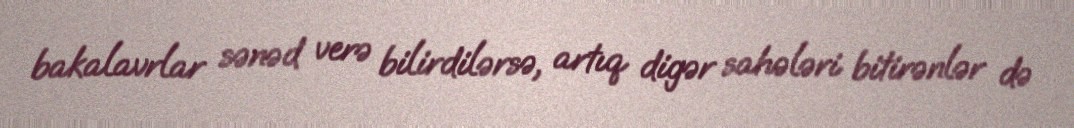
bakalavrlar sənəd verə bilirdilərsə, artıq digər sahələri bitirənlər də